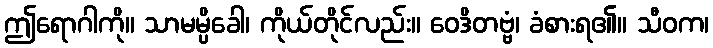
ဤရောဂါကို။ သာမမ္ပိခေါ၊ ကိုယ်တိုင်လည်း။ ဝေဒိတဗ္ဗံ၊ ခံစားရ၏။ သီဝက၊